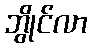
ဘွိုင်လာ